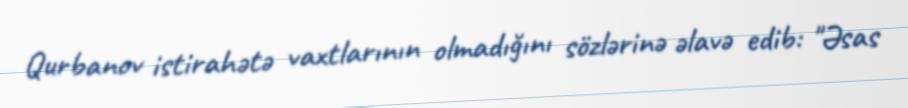
Qurbanov istirahətə vaxtlarının olmadığını sözlərinə əlavə edib: "Əsas